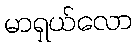
မာရှယ်လော